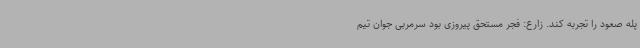
پله صعود را تجربه کند. زارع: فجر مستحق پیروزی بود سرمربی جوان تیم